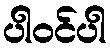
ပါဝင်ပါ